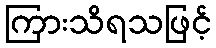
ကြားသိရသဖြင့်